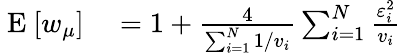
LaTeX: \begin{array}{rl}{\mathrm{~E~}[w_{\mu}]}&{{}=1+\frac{4}{\sum_{i=1}^{N}1/v_{i}}\sum_{i=1}^{N}\frac{\varepsilon_{i}^{2}}{v_{i}}}\end{array}